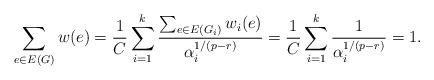
LaTeX: \begin{align*}\sum_{e\in E(G)}w(e)=\frac{1}{C}\sum_{i=1}^k\frac{\sum_{e\in E(G_i)}w_i(e)}{\alpha_i^{1/(p-r)}} =\frac{1}{C}\sum_{i=1}^k\frac{1}{\alpha_i^{1/(p-r)}}=1. \end{align*}